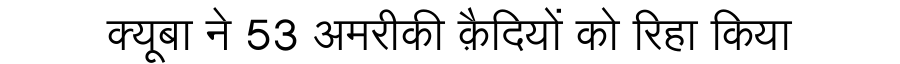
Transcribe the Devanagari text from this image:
क्यूबा ने 53 अमरीकी क़ैदियों को रिहा किया